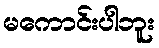
မကောင်းပါဘူး